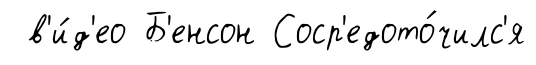
в'и́д'ео Б'енсон Соср'едото́чилс'я